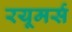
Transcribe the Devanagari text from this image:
रयूमर्स